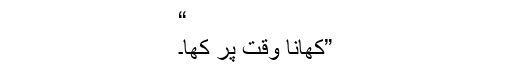
“
”کھانا وقت پر کھا۔